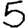
Digit: 5